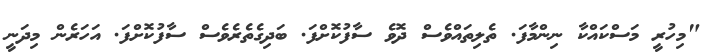
"މިހުރީ މަސްކައްކާ ނިންމާފަ. ތެލިތައްވެސް ދޮވެ ސާފުކޮށްފަ. ބަދިގެތެރެވެސް ސާފުކޮށްފަ. އަހަރެން މިދަނީ